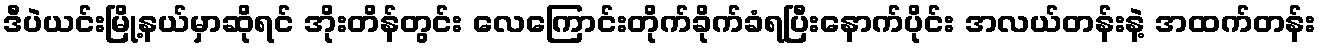
ဒီပဲယင်းမြို့နယ်မှာဆိုရင် အိုးတိန်တွင်း လေကြောင်းတိုက်ခိုက်ခံရပြီးနောက်ပိုင်း အလယ်တန်းနဲ့ အထက်တန်း